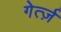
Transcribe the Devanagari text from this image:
गेर्त्ज़